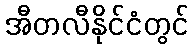
အီတလီနိုင်ငံတွင်